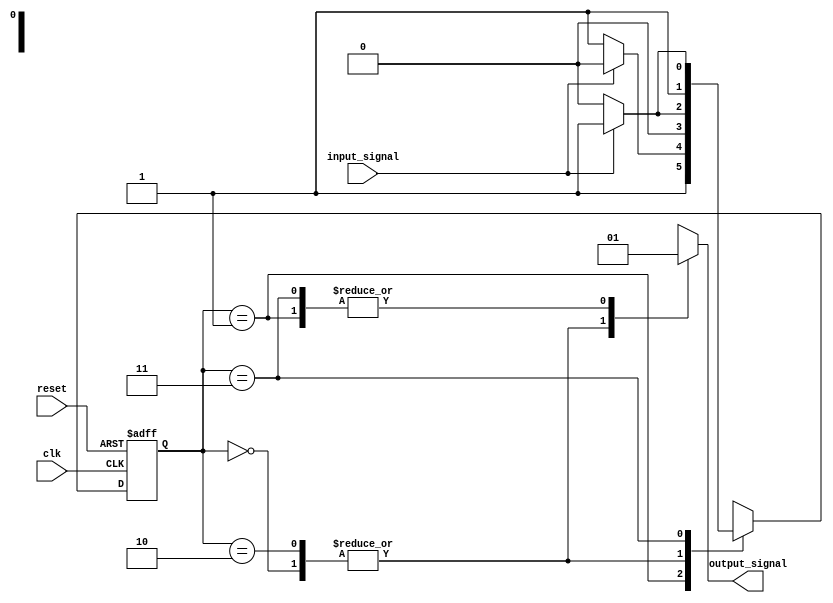
module fsm (
    input wire clk,
    input wire reset,
    input wire input_signal,
    output reg output_signal
);

// Define states
parameter S0 = 2'b00;
parameter S1 = 2'b01;
parameter S2 = 2'b10;
parameter S3 = 2'b11;

// Define state register
reg [1:0] state, next_state;

// Define output signal register
reg output_signal_reg;

// State transitions and logic for state changes
always @ (posedge clk or posedge reset) begin
    if (reset) begin
        state <= S0; // Initial state
    end else begin
        state <= next_state;
    end
end

always @ (*) begin
    case (state)
        S0: begin
            if (input_signal) begin
                next_state = S1;
            end else begin
                next_state = S0;
            end
        end
        S1: begin
            if (input_signal) begin
                next_state = S2;
            end else begin
                next_state = S3;
            end
        end
        S2: begin
            if (input_signal) begin
                next_state = S1;
            end else begin
                next_state = S0;
            end
        end
        S3: begin
            if (input_signal) begin
                next_state = S3;
            end else begin
                next_state = S2;
            end
        end
    endcase
end

// Output signals based on state
always @ (*) begin
    case (state)
        S0: output_signal_reg = 1'b0;
        S1: output_signal_reg = 1'b1;
        S2: output_signal_reg = 1'b0;
        S3: output_signal_reg = 1'b1;
    endcase
end

assign output_signal = output_signal_reg;

endmodule